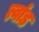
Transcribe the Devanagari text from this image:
त्वांड